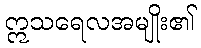
ဣသရေလအမျိုး၏